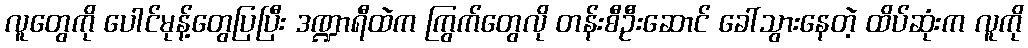
လူတွေကို ပေါင်မုန့်တွေပြပြီး ဒဏ္ဍာရီထဲက ကြွက်တွေလို တန်းစီဦးဆောင် ခေါ်သွားနေတဲ့ ထိပ်ဆုံးက လူကို